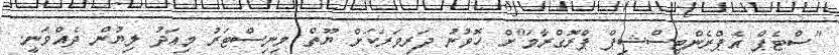
"ސްޓެޕް އެޕްރެންޓިސްޝިޕް ޕްރޮގްރާމަ"ށް ހޮވުނު ދަރިވަރަކަށް ޔޫތް މިނިސްޓަރު މިއަދު ލިޔުން ދެއްވަނީ.